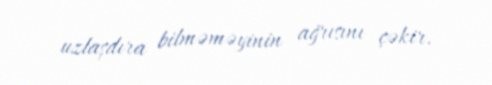
uzlaşdıra bilməməyinin ağrısını çəkir.